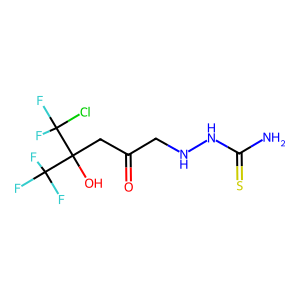
SMILES: NC(=S)NNCC(=O)CC(O)(C(F)(F)F)C(F)(F)Cl
Inhibits HIV replication: No